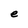
Character: e